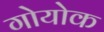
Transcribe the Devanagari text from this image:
गोयोक